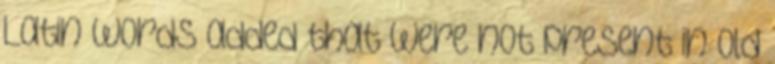
Latin words added that were not present in Old